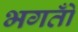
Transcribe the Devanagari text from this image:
भगतोँ